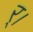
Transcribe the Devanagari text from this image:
र्।